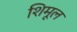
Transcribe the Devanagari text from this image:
शिमूल